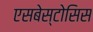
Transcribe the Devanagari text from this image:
एसबेस्टोसिस